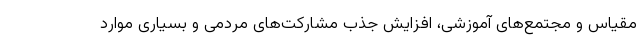
مقیاس و مجتمع‌های آموزشی، افزایش جذب مشارکت‌های مردمی و بسیاری موارد